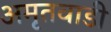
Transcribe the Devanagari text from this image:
अमृतवाडी